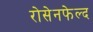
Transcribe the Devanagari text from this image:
रोसेनफेल्द